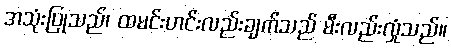
အသုံးပြုသည်၊ ထမင်းဟင်းလည်းချက်သည် မီးလည်းလှုံသည်။